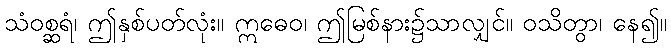
သံဝစ္ဆရံ၊ ဤနှစ်ပတ်လုံး။ ဣဓေဝ၊ ဤမြစ်နား၌သာလျှင်။ ဝသိတွာ၊ နေ၍။